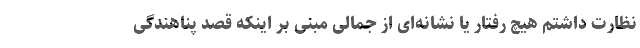
نظارت داشتم هیچ رفتار یا نشانه‌ای از جمالی مبنی بر اینکه قصد پناهندگی